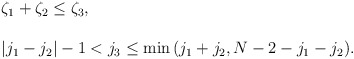
\begin{align*}\begin{array}{l}\zeta_1 + \zeta_2 \le \zeta_3, \\{}\\\vert j_1 - j_2 \vert -1 < j_3 \le {\rm min}\,(j_1+j_2, N-2-j_1-j_2).\end{array}\end{align*}